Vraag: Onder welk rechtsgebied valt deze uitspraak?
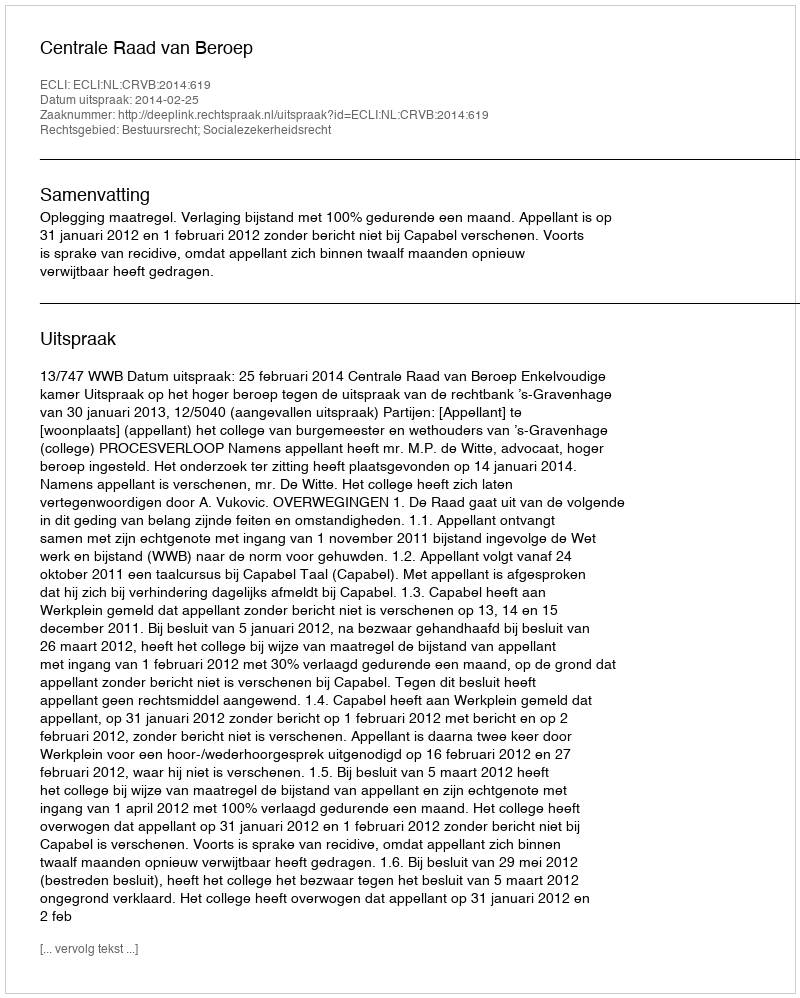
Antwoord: Bestuursrecht; Socialezekerheidsrecht